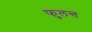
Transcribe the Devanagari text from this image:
फुलन्त